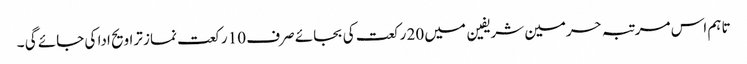
تاہم اس مرتبہ حرمین شریفین میں 20 رکعت کی بجائے صرف 10 رکعت نماز تراویح ادا کی جائے گی ۔